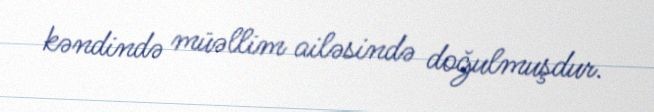
kəndində müəllim ailəsində doğulmuşdur.